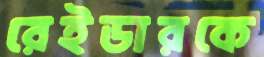
রেইডারকে